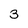
Character: 3